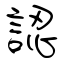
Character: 認